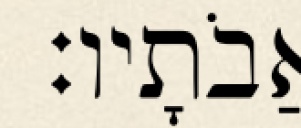
אֲבֹתָיו׃